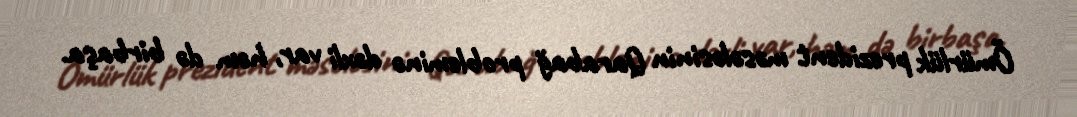
Ömürlük prezident məsələsinin Qarabağ probleminə dəxli var, həm də birbaşa.